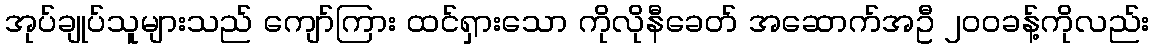
အုပ်ချုပ်သူများသည် ကျော်ကြား ထင်ရှားသော ကိုလိုနီခေတ် အဆောက်အဦ ၂၀၀ခန့်ကိုလည်း